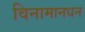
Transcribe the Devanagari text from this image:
विनामानधन